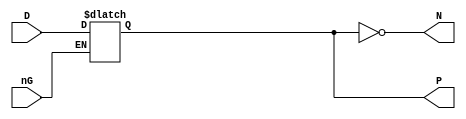
// Fujitsu AV cell
// 4-bit Data Latch
// furrtek 2022

`timescale 1ns/100ps

module LT4(
	input nG,
	input [3:0] D,
	output reg [3:0] P = 4'd0,
	output [3:0] N
);

	always @(*)
		if (!nG) P <= D;	// tmax = 7.5ns
	
	assign N = ~P;

endmodule